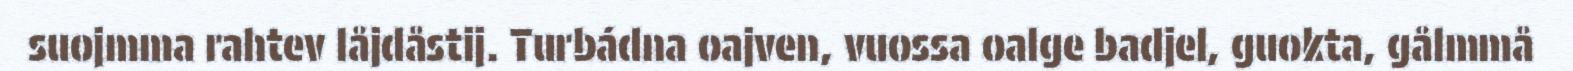
suojmma rahtev låjdåstij. Turbádna oajven, vuossa oalge badjel, guokta, gålmmå